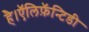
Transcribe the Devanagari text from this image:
है।ऍलिफ़ॅन्टिडी